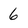
Character: 6